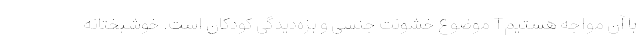
با آن مواجه هستیمT موضوع خشونت جنسی و بزه‌دیدگی کودکان است. خوشبختانه